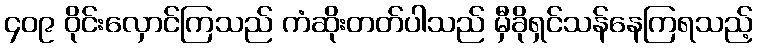
၄၀၉ ဝိုင်းလှောင်ကြသည် ကံဆိုးတတ်ပါသည် မှီခိုရှင်သန်နေကြရသည့်